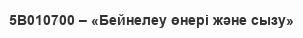
5В010700 – «Бейнелеу өнері және сызу»